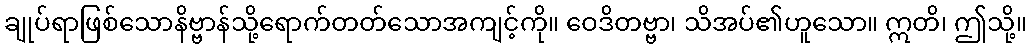
ချုပ်ရာဖြစ်သောနိဗ္ဗာန်သို့ရောက်တတ်သောအကျင့်ကို။ ဝေဒိတဗ္ဗာ၊ သိအပ်၏ဟူသော။ ဣတိ၊ ဤသို့။